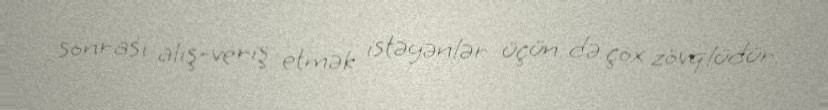
sonrası alış-veriş etmək istəyənlər üçün də çox zövqlüdür.